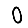
Digit: 0